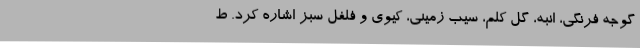
گوجه فرنگی، انبه، گل کلم، سیب زمینی، کیوی و فلفل سبز اشاره کرد. ط